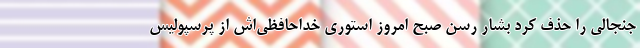
جنجالی را حذف کرد بشار رسن صبح امروز استوری خداحافظی‌اش از پرسپولیس